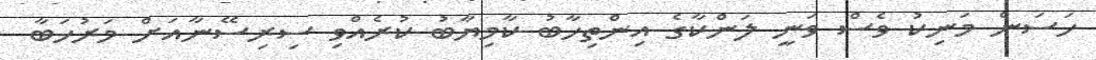
ހަސަން މަނިކު ވެސް ވަނީ ލަންކާގެ އިންތިހާބު ކާމިޔާބު ކުރެއްވި ސިރިސޭނާއަށް މަރުހަބާ